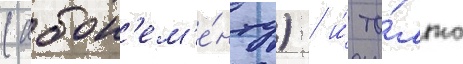
(абон'ем'е́нту) / и́ то́лько